Report on the administration of the Government Cinchona Department 1892-98
Year: 1892
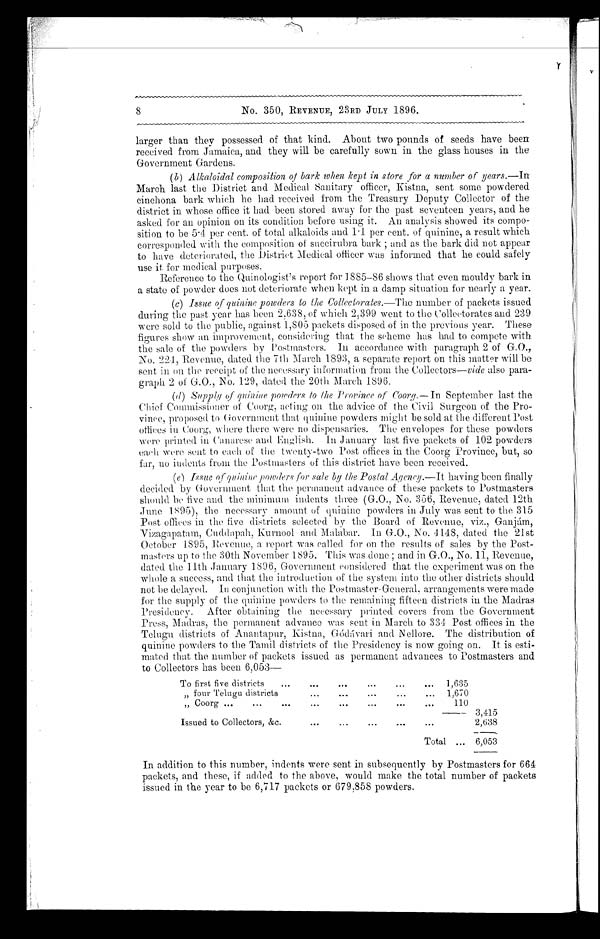
8
No. 350, REVENUE, 23RD JULY 1896.
larger than they possessed of that kind. About two pounds of seeds have been
received from Jamaica, and they will be carefully sown in the glass houses in the
Government Gardens.
(b) Alkaloidal composition of bark when kept in store for a number of years.—In
March last the District and Medical Sanitary officer, Kistna, sent some powdered
cinchona bark which he had received from the Treasury Deputy Collector of the
district in whose office it had been stored away for the past seventeen years, and he
asked for an opinion on its condition before using it. An analysis showed its compo-
sition to be 5.4 per cent. of total alkaloids and 1.1 per cent. of quinine, a result which
corresponded with the composition of succirubra bark ; and as the bark did not appear
to have deteriorated, the District Medical officer was informed that he could safely
use it, for medical purposes.
Reference to the Quinologist's report for 1885—86 shows that even mouldy bark in
a state of powder does not deteriorate when kept in a damp situation for nearly a year.
(c) Issue of quinine powders to the Collectorates.— The number of packets issued
during the past year has been 2,638, of which 2,399 went to the Collectorates and 239
were sold to the public, against 1,805 packets disposed of in the previous year. These
figures show an improvement, considering that the scheme has had to compete with
the sale of the powders by Postmasters. In accordance with paragraph 2 of G.O.,
No. 224, Revenue, dated the 7th March 1893, a separate report on this matter will be
sent in on the receipt of the necessary information from the Collectors— vide also para-
graph 2 of G.O., No. 129, dated the 20th. March 1896.
(d) Supply of quinine powders to the Province of Coorg.— In September last the
Chief Commissioner of Coorg, acting on the advice of the Civil Surgeon of the Pro-
vince, proposed to Government that quinine powders might be sold at the different Post
offices in Coorg, where there were no dispensaries. The envelopes for these powders
were printed in Canarese and English. In January last five packets of 102 powders
each were sent to each of the twenty-two Post offices in the Coorg Province, but, so
far, no indents from the Postmasters of this district have been received.
(e) Issue of quinine powders for sale by the Postal Agency.— It having been finally
decided by Government that the permanent advance of these packets to Postmasters
should be five and the minimum indents three (G.O., No. 356, Revenue, dated 12th
June 1895), the necessary amount of quinine powders in July was sent to the 315
Post offices in the five districts selected by the Board of Revenue, viz., Ganjám,
Vizagapatam, Cuddapah, Kurnool and Malabar. In G.O., No. 4148, dated the 21st
October 1895, Revenue, a report was called for on the results of sales by the Post-
masters up to the 30th November 1895. This was done and in G.O., No. 11, Revenue,
dated the 11th January 1896, Government considered that the experiment was on the
whole a success, and that the introduction of the system into the other districts should
not be delayed. In conjunction with the Postmaster-General, arrangements were made
for the supply of the quinine powders to the remaining fifteen districts in the Madras
Presidency. After obtaining the necessary printed covers from the Government
Press, Madras, the permanent advance was sent in March to 334 Post offices in the
Telugu districts of Anantapur, Kistna, Gódávari and Nellore. The distribution of
quinine powders to the Tamil districts of the Presidency is now going on. It is esti-
mated that the number of packets issued as permanent advances to Postmasters and
to Collectors has been 6,053—
To first five districts
1,635
„ four Telugu districts
1,670
„ Coorg
110
3,415
Issued to Collectors, &c.
2,638
Total
6,053
In addition to this number, indents were sent, in subsequently by Postmasters for 664
packets, and these, if added to the above, would make the total number of packets
issued in the year to be 6,717 packets or 679,858 powders.